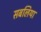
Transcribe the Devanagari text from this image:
सबलिया